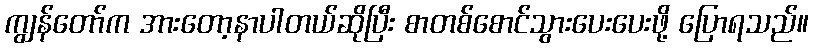
ကျွန်တော်က အားတော့နာပါတယ်ဆိုပြီး စာတစ်စောင်သွားပေးပေးဖို့ ပြောရသည်။